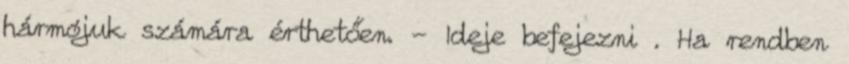
hármójuk számára érthetően. - Ideje befejezni . Ha rendben